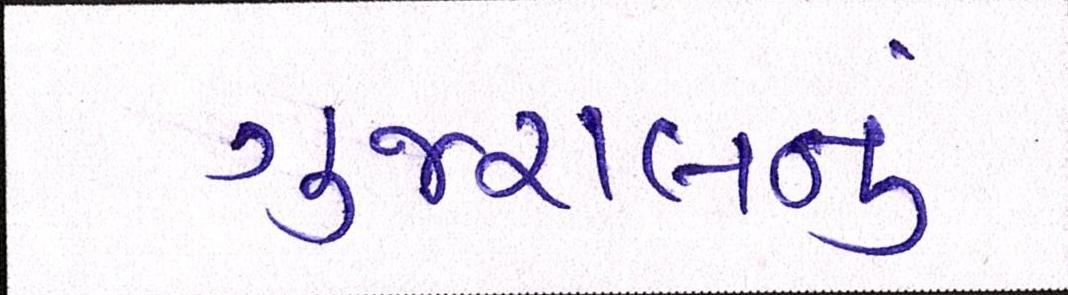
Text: ગુજરાલનું